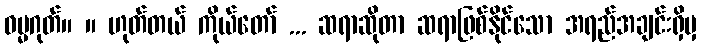
ဓမ္မဂုတ်။ ။ ဟုတ်တယ် ကိုယ်တော် ... ဆရာဆိုတာ ဆရာဖြစ်နိုင်သော အရည်အချင်းရှိမှ